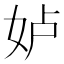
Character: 𱙋